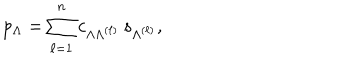
p _ { \Lambda } = \sum _ { \ell = 1 } ^ { n } c _ { \Lambda \Lambda ^ { ( \ell ) } } \, s _ { \Lambda ^ { ( \ell ) } } ,